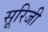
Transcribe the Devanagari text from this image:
सूरिजी